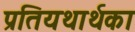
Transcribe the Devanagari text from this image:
प्रतियथार्थका